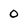
Character: 0